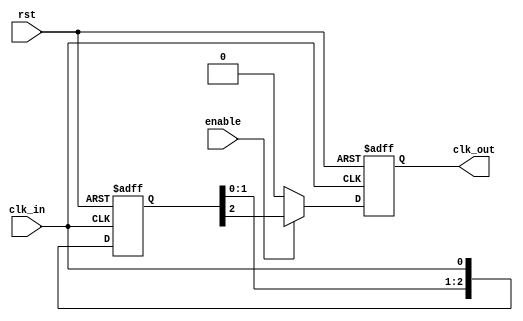
module delay_clock_buffer #(
    parameter DELAY = 3 // Number of clock cycles to delay
)(
    input wire clk_in,        // Input clock signal
    input wire enable,        // Enable signal
    input wire rst,           // Reset signal
    output reg clk_out        // Delayed output clock signal
);

// Internal signals for clock delay
reg [DELAY-1:0] clk_delay;  // Shift register to hold delayed clock signals

// Process to manage the clock delay and output
always @(posedge clk_in or posedge rst) begin
    if (rst) begin
        clk_delay <= {DELAY{1'b0}}; // Reset the delay register to 0
        clk_out <= 1'b0;             // Reset output clock
    end else begin
        // Shift the clock signal into the delay register
        clk_delay <= {clk_delay[DELAY-2:0], clk_in};
        
        // Set the output clock based on enable signal
        if (enable) begin
            clk_out <= clk_delay[DELAY-1]; // Output the last delayed clock signal
        end else begin
            clk_out <= 1'b0; // Disable output clock when not enabled
        end
    end
end

endmodule